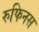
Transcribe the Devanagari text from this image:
रुफिनस